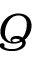
Q